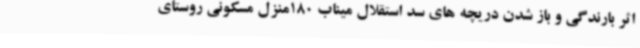
اثر بارندگی و باز شدن دریچه های سد استقلال میناب 180منزل مسکونی روستای